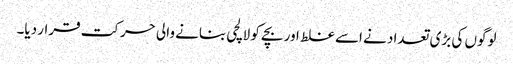
لوگوں کی بڑی تعداد نے اسے غلط اور بچے کو لالچی بنانے والی حرکت قرار دیا۔